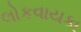
લોકવાયકા